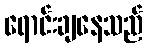
ရောင်းချနေသည်